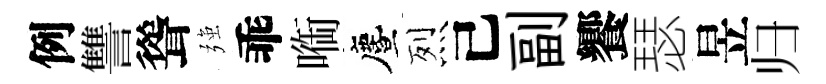
例讐聳强乖㗸󵨌烈己副饗瑟昱归